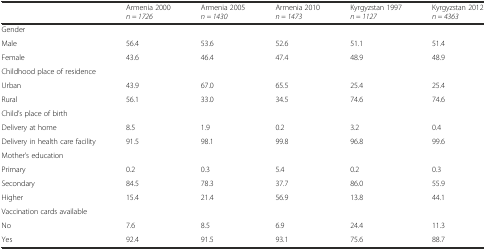
|  | Armenia 2000 n = 1726 | Armenia 2005 n = 1430 | Armenia 2010 n = 1473 | Kyrgyzstan 1997 n = 1127 | Kyrgyzstan 2012 n = 4363 |
 | --- | --- | --- | --- | --- | --- |
 | Gender |  |  |  |  |  |
 | Male | 56.4 | 53.6 | 52.6 | 51.1 | 51.4 |
 | Female | 43.6 | 46.4 | 47.4 | 48.9 | 48.9 |
 | Childhood place of residence |  |  |  |  |  |
 | Urban | 43.9 | 67.0 | 65.5 | 25.4 | 25.4 |
 | Rural | 56.1 | 33.0 | 34.5 | 74.6 | 74.6 |
 | Child’s place of birth |  |  |  |  |  |
 | Delivery at home | 8.5 | 1.9 | 0.2 | 3.2 | 0.4 |
 | Delivery in health care facility | 91.5 | 98.1 | 99.8 | 96.8 | 99.6 |
 | Mother’s education |  |  |  |  |  |
 | Primary | 0.2 | 0.3 | 5.4 | 0.2 | 0.3 |
 | Secondary | 84.5 | 78.3 | 37.7 | 86.0 | 55.9 |
 | Higher | 15.4 | 21.4 | 56.9 | 13.8 | 44.1 |
 | Vaccination cards available |  |  |  |  |  |
 | No | 7.6 | 8.5 | 6.9 | 24.4 | 11.3 |
 | Yes | 92.4 | 91.5 | 93.1 | 75.6 | 88.7 |